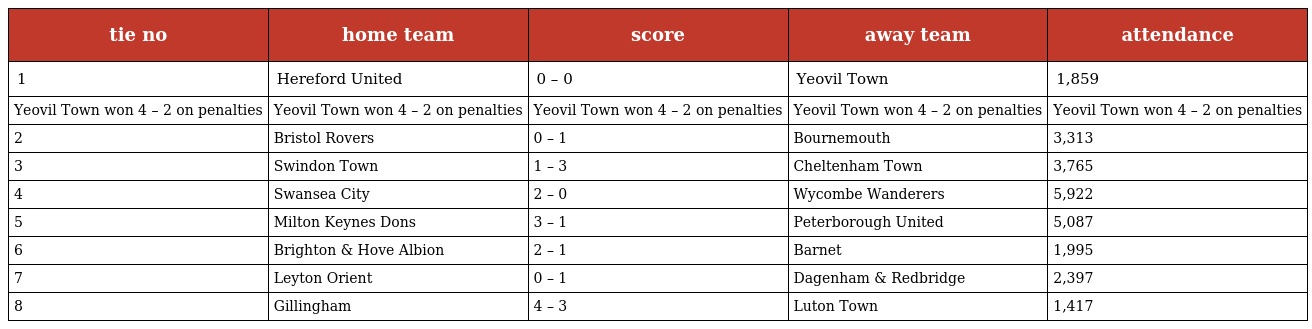
| tie no | home team | score | away team | attendance |
 | --- | --- | --- | --- | --- |
 | 1 | Hereford United | 0 – 0 | Yeovil Town | 1,859 |
 | Yeovil Town won 4 – 2 on penalties | Yeovil Town won 4 – 2 on penalties | Yeovil Town won 4 – 2 on penalties | Yeovil Town won 4 – 2 on penalties | Yeovil Town won 4 – 2 on penalties |
 | 2 | Bristol Rovers | 0 – 1 | Bournemouth | 3,313 |
 | 3 | Swindon Town | 1 – 3 | Cheltenham Town | 3,765 |
 | 4 | Swansea City | 2 – 0 | Wycombe Wanderers | 5,922 |
 | 5 | Milton Keynes Dons | 3 – 1 | Peterborough United | 5,087 |
 | 6 | Brighton & Hove Albion | 2 – 1 | Barnet | 1,995 |
 | 7 | Leyton Orient | 0 – 1 | Dagenham & Redbridge | 2,397 |
 | 8 | Gillingham | 4 – 3 | Luton Town | 1,417 |